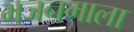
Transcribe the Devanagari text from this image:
भजनमाला